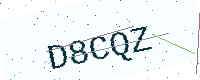
Text: D8CQZ